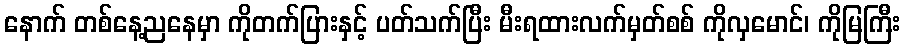
နောက် တစ်နေ့ညနေမှာ ကိုတက်ပြားနှင့် ပတ်သက်ပြီး မီးရထားလက်မှတ်စစ် ကိုလှမောင်၊ ကိုမြကြီး